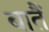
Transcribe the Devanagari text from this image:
बातैं